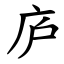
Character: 庐